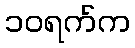
၁၀ရက်က